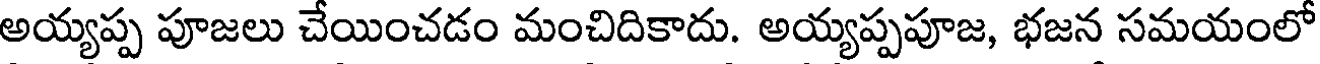
అయ్యప్ప పూజలు చేయించడం మంచిదికాదు. అయ్యప్పపూజ, భజన సమయంలో